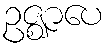
ဥဇ္ဈာပေ